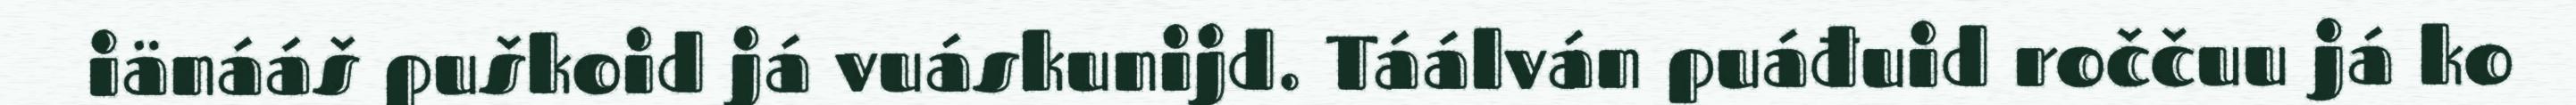
iänááš puškoid já vuáskunijd. Táálván puáđuid roččuu já ko